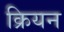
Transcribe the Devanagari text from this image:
क्रियन